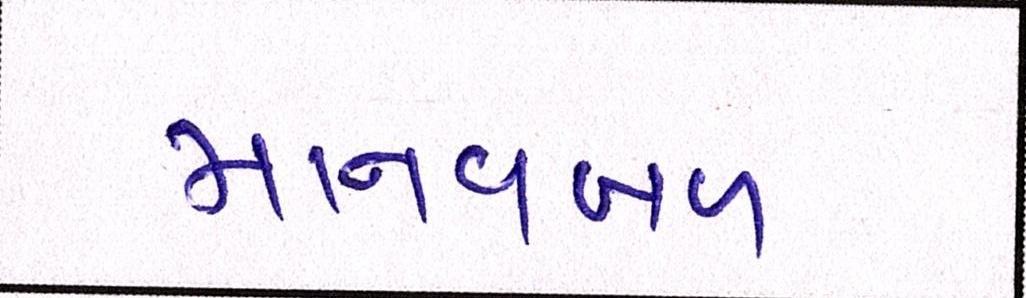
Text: માનવબળ